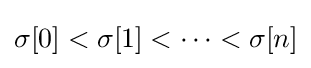
\sigma [0]<\sigma [1]<\cdots <\sigma [n]